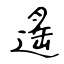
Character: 遙